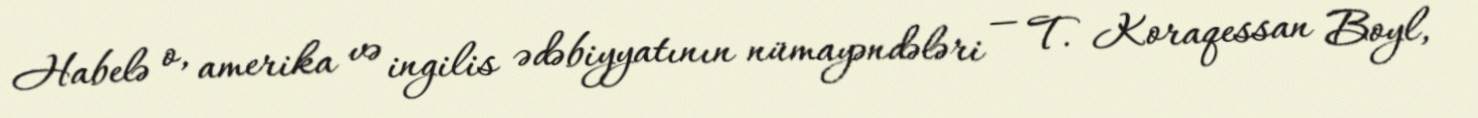
Habelə o, amerika və ingilis ədəbiyyatının nümayəndələri — T. Koraqessan Boyl,